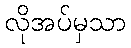
လိုအပ်မှသာ